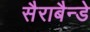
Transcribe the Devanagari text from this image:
सैराबैन्डे